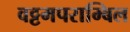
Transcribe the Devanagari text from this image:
वट्टमपराम्बिल